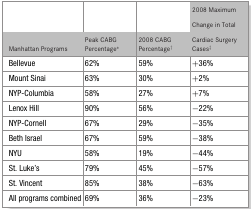
<table><thead><tr><td><b>Manhattan Programs</b></td><td><b>Peak CABG Percentage*</b></td><td><b>2008 CABG Percentage†</b></td><td><b>2008 Maximum Change in Total Cardiac Surgery Cases‡</b></td></tr></thead><tbody><tr><td>Bellevue</td><td>62%</td><td>59%</td><td>+36%</td></tr><tr><td>Mount Sinai</td><td>63%</td><td>30%</td><td>+2%</td></tr><tr><td>NYP-Columbia</td><td>58%</td><td>27%</td><td>+7%</td></tr><tr><td>Lenox Hill</td><td>90%</td><td>56%</td><td>−22%</td></tr><tr><td>NYP-Cornell</td><td>67%</td><td>29%</td><td>−35%</td></tr><tr><td>Beth Israel</td><td>67%</td><td>59%</td><td>−38%</td></tr><tr><td>NYU</td><td>58%</td><td>19%</td><td>−44%</td></tr><tr><td>St. Luke&#x27;s</td><td>79%</td><td>45%</td><td>−57%</td></tr><tr><td>St. Vincent</td><td>85%</td><td>38%</td><td>−63%</td></tr><tr><td>All programs combined</td><td>69%</td><td>36%</td><td>−23%</td></tr></tbody></table>